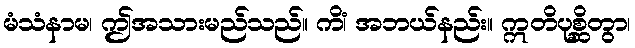
မံသံနာမ၊ ဤအသားမည်သည်။ ကိံ၊ အဘယ်နည်း။ ဣတိပုစ္ဆိတွာ၊